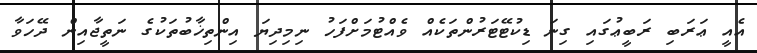
އެއީ ޢަރަބި ރަބީޢުގައި ގިނަ ޑިކުޓޭޓަރުންތަކެއް ވެއްޓުމަށްފަހު ނިމިދިޔަ އިންތިޚާބުތަކުގެ ނަތީޖާއިން ދޭހަވާ